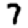
Digit: 7